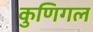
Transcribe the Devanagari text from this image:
कुणिगल